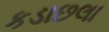
કડાછલા